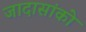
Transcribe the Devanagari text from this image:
जादासांको